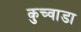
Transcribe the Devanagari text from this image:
कुच्वाडा